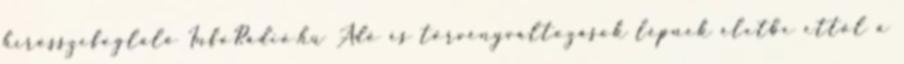
hírösszefoglaló InfoRádió.hu Adó és törvényváltozások lépnek életbe ettől a